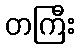
တကြီး